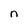
Character: n